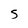
Character: S